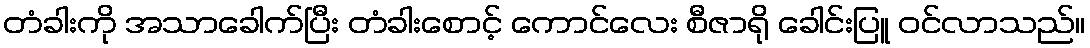
တံခါးကို အသာခေါက်ပြီး တံခါးစောင့် ကောင်လေး စီဇာရို ခေါင်းပြူ ဝင်လာသည်။